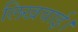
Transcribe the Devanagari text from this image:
लिखवाई।